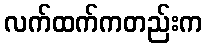
လက်ထက်ကတည်းက